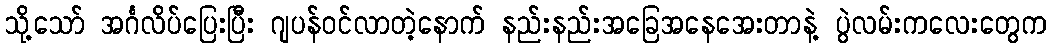
သို့သော် အင်္ဂလိပ်ပြေးပြီး ဂျပန်ဝင်လာတဲ့နောက် နည်းနည်းအခြေအနေအေးတာနဲ့ ပွဲလမ်းကလေးတွေက